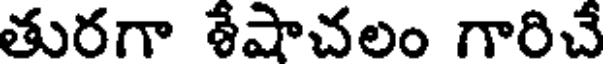
తురగా శేషాచలం గారిచే